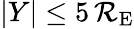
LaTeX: |Y|\leq5\, \mathcal{R}_{\mathrm{{E}}}